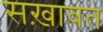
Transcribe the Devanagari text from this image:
सख़ावत